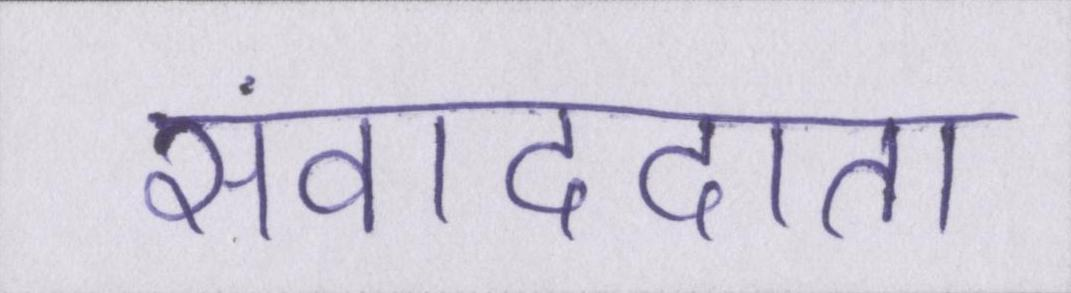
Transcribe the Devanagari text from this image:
संवाददाता